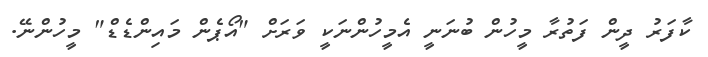
ކާފަރު ދީން ފަތުރާ މީހުން ބުނަނީ އެމީހުންނަކީ ވަރަށް "އޯޕެން މައިންޑެޑް" މީހުންނޭ.